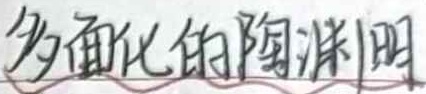
多面化的陶渊明